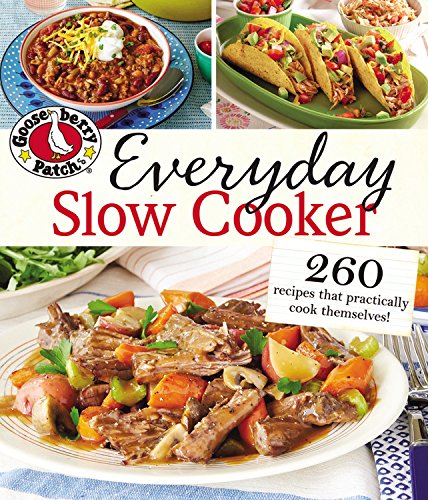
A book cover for Gooseberry Patch Everyday Slow Cooker: 260 Recipes that practically cook themselves; Gooseberry Patch; Cookbooks, Food & Wine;